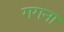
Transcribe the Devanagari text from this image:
गगना